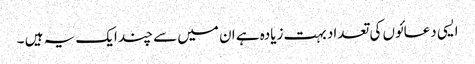
ایسی دعائوں کی تعداد بہت زیادہ ہے ان میں سے چند ایک یہ ہیں ۔